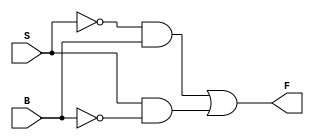
//XOR Gate using 2x1 Multiplexer
module XOR_GATE (
input B, S,
output F  );
wire S1, B1, W1, W2;
not n1(S1, S);
not n2(B1, B);
and a1(W1, S1, B);
and a2(W2, S, B1);
or o1(F, W1, W2);
endmodule